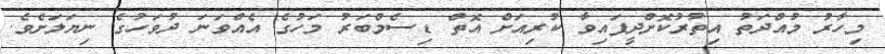
މިހާރު މުއްދަތު އިތުރުކޮށްދީފައިވާ ކުރިއަށް އޮތް ޑިސެމްބަރު މަހުގެ އެއްވަނަ ދުވަހުގެ ނިޔަލަށެވެ.